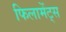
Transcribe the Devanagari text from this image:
फिलामेंट्स